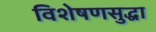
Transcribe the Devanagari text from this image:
विशेषणसुद्धा